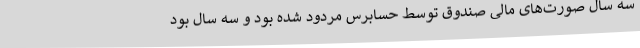
سه سال صورت‌های مالی صندوق توسط حسابرس مردود شده بود و سه سال بود